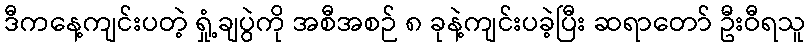
ဒီကနေ့ကျင်းပတဲ့ ရှုံ့ချပွဲကို အစီအစဉ် ၈ ခုနဲ့ကျင်းပခဲ့ပြီး ဆရာတော် ဦးဝီရသူ